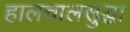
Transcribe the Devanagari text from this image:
हालचालसुद्धा